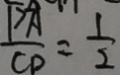
\frac { P A } { C D } = \frac { 1 } { 2 }